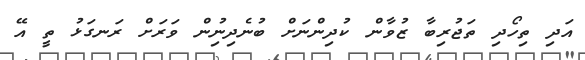
އަދި ތިހޯދި ތަޖުރިބާ ޒުވާން ކުދިންނަށް ބުނެދިނިުން ވަރަށް ރަނގަޅު ތީ އޭ